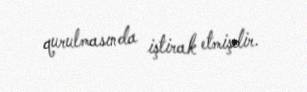
qurulmasında iştirak etmişdir.